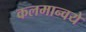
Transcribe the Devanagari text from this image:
कलमान्वये